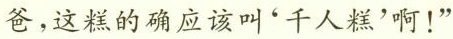
爸，这糕的确应该叫”千人糕'啊！”